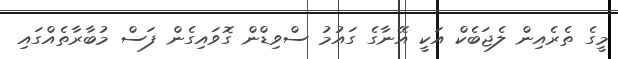
މީގެ ތެރެއިން ލެޖަބެކް އަކީ އޭނާގެ ގައުމު ސްވިޑްން ގޮވައިގެން ފަސް މުބާރާތެއްގައި